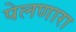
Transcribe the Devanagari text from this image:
पेलणारा